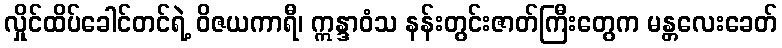
လှိုင်ထိပ်ခေါင်တင်ရဲ့ ဝိဇယကာရီ၊ ဣန္ဒာဝံသ နန်းတွင်းဇာတ်ကြီးတွေက မန္တလေးခေတ်